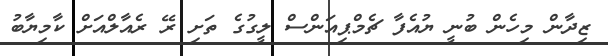
ޒިދާން މިހެން ބުނީ ޔުއެފާ ޗެމްޕިއަންސް ލީގުގެ ތަށި ރޭ ރެއާލްއަށް ކާމިޔާބު